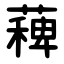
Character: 薭